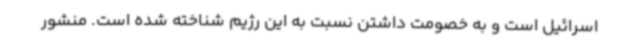
اسرائیل است و به خصومت داشتن نسبت به این رژیم شناخته شده است. منشور